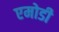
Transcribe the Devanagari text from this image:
एमोडी